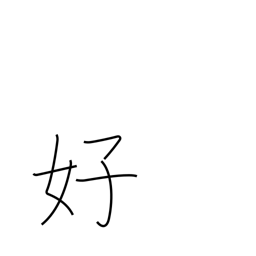
Meaning: pleasing